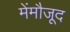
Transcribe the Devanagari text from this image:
मेंमौजूद